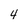
Character: 4